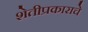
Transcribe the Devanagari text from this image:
शेतीप्रकाराचे